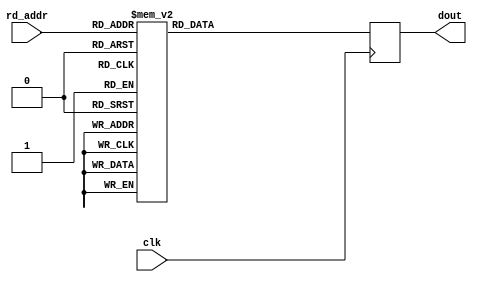
module floating_point_rom_b #(
    parameter EXP_WIDTH = 8,
    parameter MAN_WIDTH = 23
) (
    input clk,
    input [3:0] rd_addr,
    output reg [(1+EXP_WIDTH+MAN_WIDTH)-1:0] dout
);

generate
if (EXP_WIDTH == 8) begin
always @(posedge clk) begin: blk_rom_b_single
    case(rd_addr)
    4'd0: dout <= 32'h00f3_e301;
    4'd1: dout <= 32'h06d7_cd0d;
    4'd2: dout <= 32'h3b23_f176;
    4'd3: dout <= 32'h1e8d_cd3d;
    4'd4: dout <= 32'h76d4_57ed;
    4'd5: dout <= 32'h462d_f78c;
    4'd6: dout <= 32'h7cfd_e9f9;
    4'd7: dout <= {1'b0, {EXP_WIDTH{1'b1}}, 1'b1, {(MAN_WIDTH-1){1'b0}}}; // NaN
    4'd8: dout <= 32'h0;
    4'd9: dout <= {1'b0, {EXP_WIDTH{1'b1}}, {MAN_WIDTH{1'b0}}}; // +inf
    default: dout <= 32'he337_24c6;
    endcase
end
end
else begin
always @(posedge clk) begin: blk_rom_b_double
    case(rd_addr)
    4'd0: dout <= 64'h3b23_f176_00f3_e301;
    4'd1: dout <= 64'h06d7_cd0d_7cfd_e9f9;
    4'd2: dout <= 64'he337_24c6_3b23_f176;
    4'd3: dout <= 64'h1e8d_cd3d_76d4_57ed;
    4'd4: dout <= 64'h76d4_57ed_06d7_cd0d;
    4'd5: dout <= 64'h462d_f78c_00f3_e301;
    4'd6: dout <= 64'h462d_f78c_7cfd_e9f9;
    4'd7: dout <= {1'b0, {EXP_WIDTH{1'b1}}, 1'b1, {(MAN_WIDTH-1){1'b0}}}; // NaN
    4'd8: dout <= 64'h0;
    4'd9: dout <= {1'b0, {EXP_WIDTH{1'b1}}, {MAN_WIDTH{1'b0}}}; // +inf
    default: dout <= 64'he337_24c6_e337_24c6;
    endcase
end
end
endgenerate

endmodule